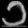
Digit: ၁